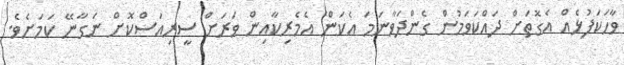
ވާހަކަފުޅެއް އެގޮތަށް ދައްކަވަމުން ގެންދަވާނަމަ އެކަން އެމެރިކާއިން ވަރަށް ސީރިއަސްކޮށް ނަގާނޭ ކަމަށެވެ.